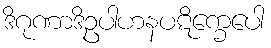
ဒိဂုဏာဒိဥပါဟနပဋိက္ခေပေါ